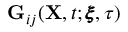
\mathbf { G } _ { i j } ( \mathbf { X } , t ; \pmb { \xi } , \tau )